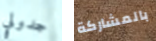
جدولي بالمشاركة